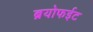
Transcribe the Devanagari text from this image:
ब्रयोफईट